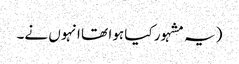
(یہ مشہور کیا ہوا تھا انہوں نے۔